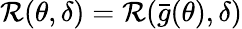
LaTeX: \mathcal{R}(\theta,\delta)=\mathcal{R}({\bar{{g}}}(\theta),\delta)